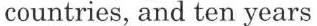
countries, and ten years